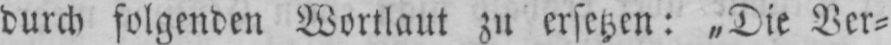
durch folgenden Wortlaut zu ersetzen: „Die Ver⸗